Leaving Certificate, 1901
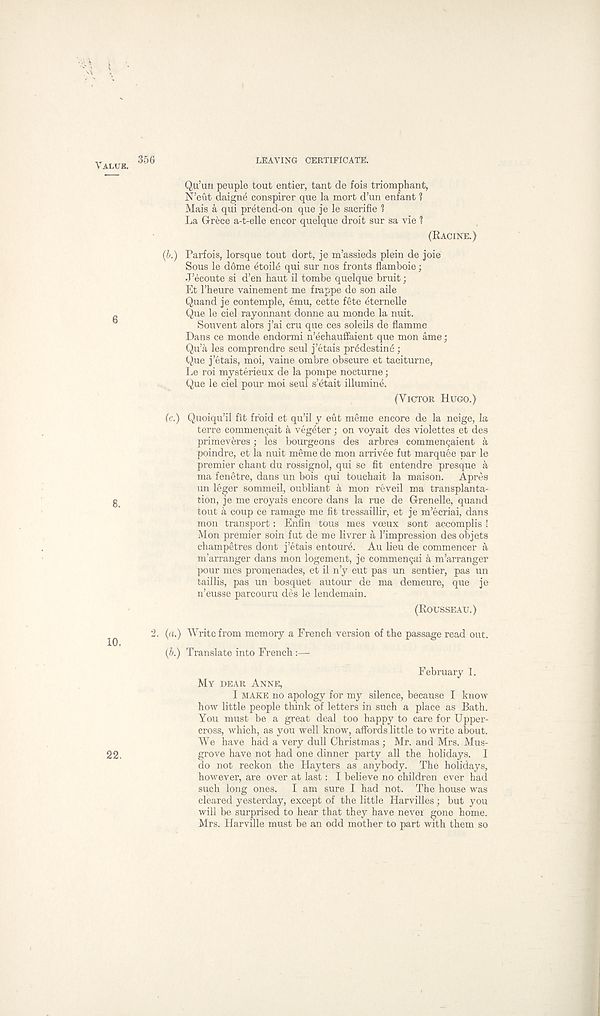
LEAVING CERTIFICATE.
Qu’un peuple tout entier, taut de fois triomphant,
N’eut daigne conspirer quo la mort d’un enfant ?
Mais a qui pretend-on que je le sacrifie ?
La Grece a-t-elle encor quelque droit sur sa vie 1
(RACINE.)
(b.) Parfois, lorsque tout dort, je m’assieds plein de joie
Sous le d6me etoil6 qui sur nos fronts flamboie;
J’ecoute si d’en haut il tombe quelque bruit;
Et 1’heure vainement me frappe de son aile
Quand je con temple, emu, cette fete etemelle
Que le ciel rayonnant donne au monde la nuit.
Souvent alors j’ai cru que ces soleils de flamme
Dans ce monde endormi n’eehaulfaient que mon ame;
Qu’a les comprendre seul j’etais predestine;
Que j’etais, moi, vaine ombre obscure et taciturne,
Le roi mysterieux de la pompe nocturne;
Que le ciel pour moi seul s’etait illumine.
(VICTOR HUGO.)
(c.) Quoiqu’il fit fr'oid et qu’il y eut meme encore de la neige, la
terre commentjait a vegeter; on voyait des violettes et des
primeveres; les bourgeons des arbres commen9aient a
poindre, et la nuit meme de mon arrivee fut marquee par le
premier chant du rossignol, qui se fit entendre presque a
ma fenetre, dans un bois qui touchait la maison. Apres
un leger sommeil, oubliant a mon reveil ma transplanta-
tion, je me croyais encore dans la rue de Grenelle, quand
tout a coup ce ramage me fit tressaillir, et je m’ecriai, dans
mon transport: Enfin tous mes voeux sont accomplis !
Mon premier soin fut de me livrer a Fimpression des objets
ehampetres dont j’etais entoure. Au lieu de commencer a
m’arranger dans mon logement, je commen§ai a m’arranger
pour mes promenades, et il n’y eut pas un sentier, pas un
taillis, pas un bosquet autour de ma demeure, que je
n’eusse parcouru des le lendemain.
(ROUSSEAU.)
(a.) Write from memory a French version of the passage read out.
(b.) Translate into French :—
February 1.
MY DEAR ANNE,
I MAKE no apology for my silence, because I know
how little people think of letters in such a place as Bath.
You must be a great deal too happy to care for Upper-
cross, which, as you well know, affords little to write about.
We have had a very dull Christmas ; Mr. and Mrs. Mus-
grove have not had one dinner party all the holidays. I
do not reckon the Hayters as anybody. The holidays,
however, are over at last: I believe no children ever had
such long ones.
I am sure I had not. The house was
cleared yesterday, except of the little Harvilles; but you
will be surprised to hear that they have never gone home.
Mrs. Harville must be an odd mother to part with them so